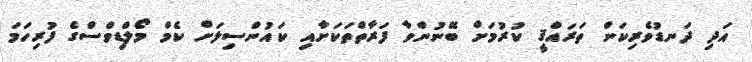
އަދި ދަނޑުވެރިކަން ތަރައްޤީ ކުރުމަށް ބޭނުންވާ ފަރާތްތަކަށާއި ކައުންސިލަށް ކެމް މޯލްޑިވްސްގެ ފުރިހަމަ